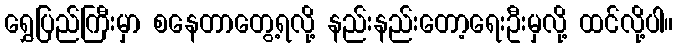
ရွှေပြည်ကြီးမှာ စနေတာတွေ့ရလို့ နည်းနည်းတော့ရေးဦးမှလို့ ထင်လို့ပါ။